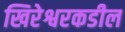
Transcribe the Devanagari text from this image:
खिरेश्वरकडील